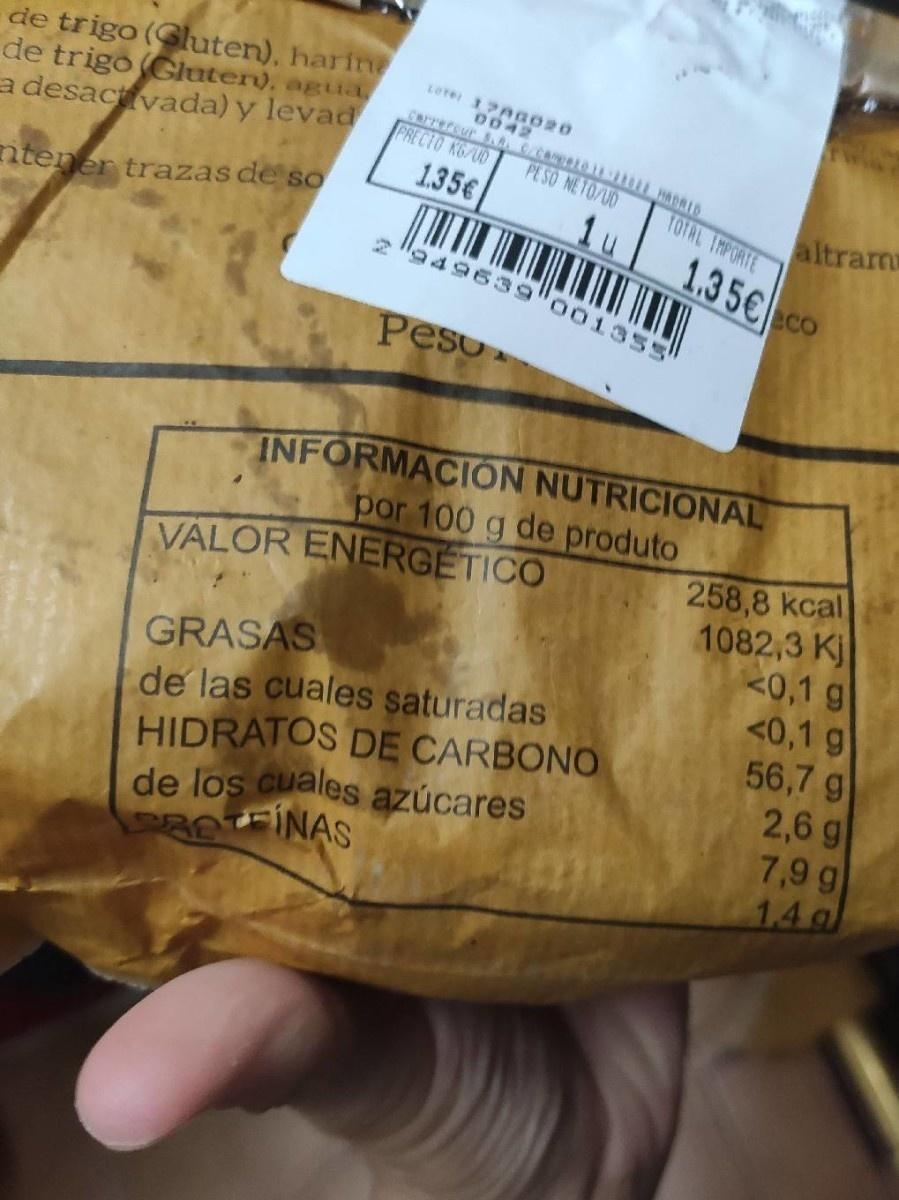
de trigo (Gluten), harine de trigo (Gluter), aguaL a desactivada) y levad
LOTe 1PAG020 0042
Carrercur . 0TRI PADRIA PRECTO KG/UD
PESO NETO/UD
1.35€
altram 1.35€co
TOTAL IMPORTE
ntener trazas de so
2 la49639"001355
Peso
INFORMACION NUTRICIONAL por 100 g de produto
258,8 kcal 1082,3 Kj <0,1 g <0,1 g 56,7 g 2,6 g 7,9 g 1.4 a
VALOR ENERGETICO
GRASAS de las cuales saturadas HIDRATOS DE CARBONO de los cuales azúcares ROTEINAS